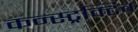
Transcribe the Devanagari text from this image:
कन्स्ट्रक्टिव